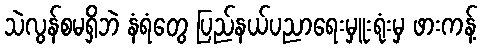
သဲလွန်စမရှိဘဲ နံရံတွေ ပြည်နယ်ပညာရေးမှူးရုံးမှ ဖားကန့်